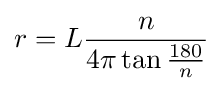
r=L{\frac {n}{4\pi \tan {\frac {180}{n}}}}